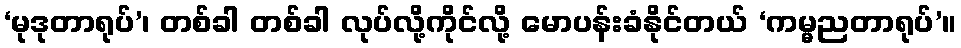
‘မုဒုတာရုပ်’၊ တစ်ခါ တစ်ခါ လုပ်လို့ကိုင်လို့ မောပန်းခံနိုင်တယ် ‘ကမ္မညတာရုပ်’။